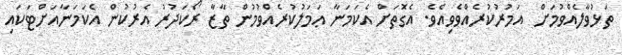
ތަޅުވާލެއްވުމަށް  އަމުރުކުރެއްވެވިއެވެ. އެގޮތަށް އެކަމަނާ ޢަމަލުކުރެއްވުމުން ތާޒާ ރޯކަދުރު އެރުކުން އެކަމަނާއަށްޓަކައި